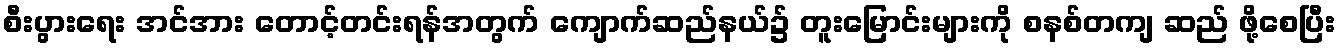
စီးပွားရေး အင်အား တောင့်တင်းရန်အတွက် ကျောက်ဆည်နယ်၌ တူးမြောင်းများကို စနစ်တကျ ဆည် ဖို့စေပြီး